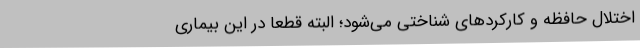
اختلال حافظه و کارکردهای شناختی می‌شود؛ البته قطعاً در این بیماری